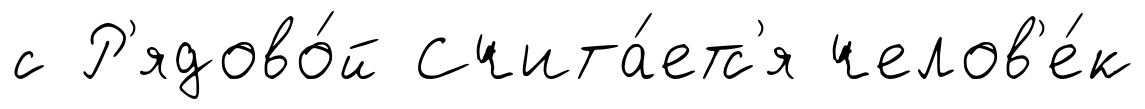
с Р'ядово́й Счита́етс'я челов'е́к